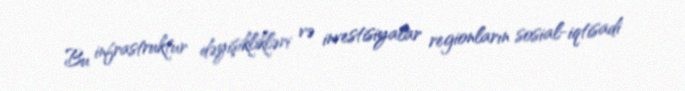
Bu infrastruktur dəyişiklikləri və investisiyalar regionların sosial-iqtisadi